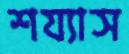
শয্যাস